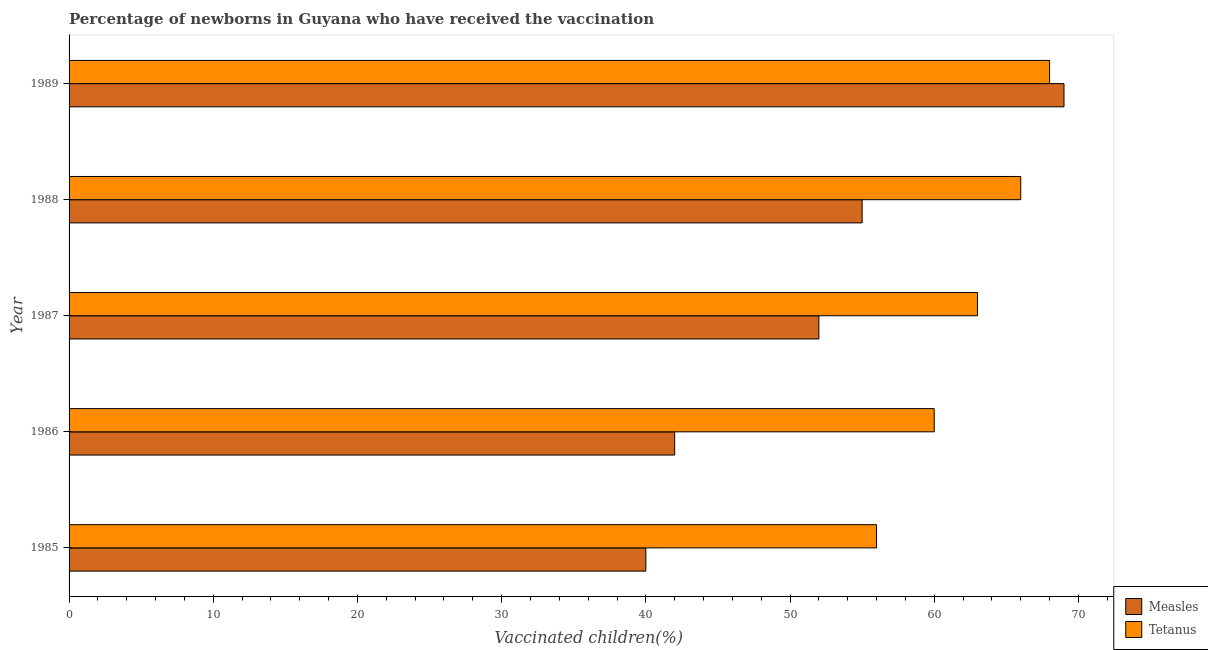
| Year | Measles | Tetanus |
 | --- | --- | --- |
 | 1985 | 40 | 56 |
 | 1986 | 42 | 60 |
 | 1987 | 52 | 63 |
 | 1988 | 55 | 66 |
 | 1989 | 69 | 68 |